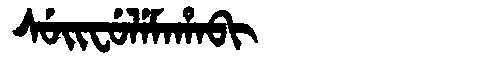
Manchu: ᠰᡠᡳᠸᡠᠯᡝᠮᠠᡥᠠᠪᡳ
Romanization: SUIFULEMAHABI